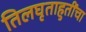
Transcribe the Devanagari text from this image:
तिलघृताहुतींचा